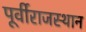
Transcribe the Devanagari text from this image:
पूर्वीराजस्थान